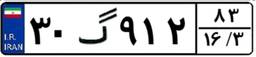
۳۰گ۹۱۲۸۳